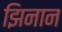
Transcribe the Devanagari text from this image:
झिनान